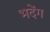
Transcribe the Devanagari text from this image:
भदेंग